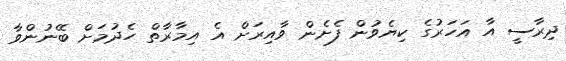
ދިރާސީ އާ އަހަރުގެ ކިޔެވުން ފެށެން ވާއިރަށް އެ އިމާރާތް ހެދުމަށް ބޭނުންވާ